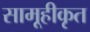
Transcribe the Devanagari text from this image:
सामूहीकृत